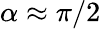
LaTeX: \alpha\approx\pi/2